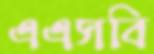
এএসবি